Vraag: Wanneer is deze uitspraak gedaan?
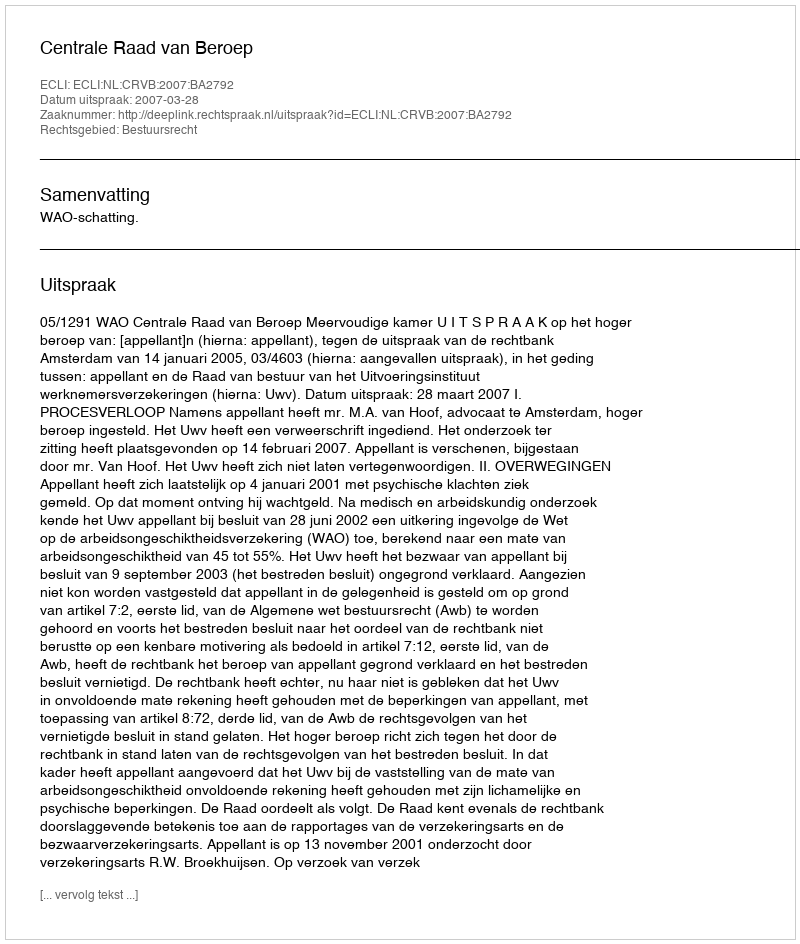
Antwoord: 2007-03-28